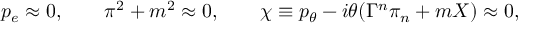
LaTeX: p _ { e } \approx 0 , \qquad \pi ^ { 2 } + m ^ { 2 } \approx 0 , \qquad \chi \equiv p _ { \theta } - i \theta ( \Gamma ^ { n } \pi _ { n } + m X ) \approx 0 ,